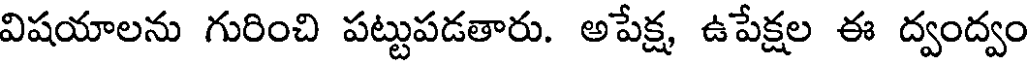
విషయాలను గురించి పట్టుపడతారు. అపేక్ష ఉపేక్షల ఈ ద్వంద్వం